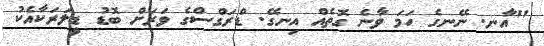
"އާނ. ނޭނގެ ހަމަ ވާނެ ގޮތެއް އިނގޭ. ޑްރަގްސްގެ ވަރަށް ބޮޑު ޑީލަރަކާއެކު